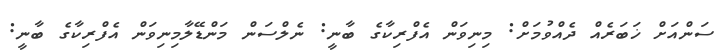
ސަންއަށް ޚަބަރެއް ދެއްވުމަށް: މިނިވަން އެފްރިކާގެ ބާނީ: ނެލްސަން މަންޑޭލާމިނިވަން އެފްރިކާގެ ބާނީ: